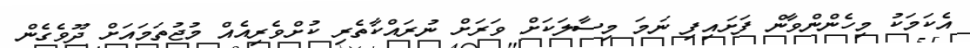
އެކަމަކު މިހެންންވާން ފަށައިފި ނަމަ މިސާލަކަށް ވަރަށް ނުރައްކާތެރި ކުށްވެރިއެއް މުޖުތަމައަށް ދޫވެގެން